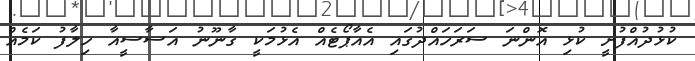
ކުޅުދުއްފުށީ ކުޅި އޮންނަ ސަރަހައްދުގައި އެއާޕޯޓެއް އެޅުމަކީ ގާނޫނު އަސާސީއާ ހިލާފު ކަމެއް